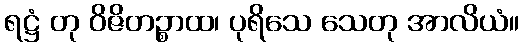
ရဋ္ဌံ တု ဝိဇိတဉ္စာထ၊ ပုရိသေ သေတု အာလိယံ။